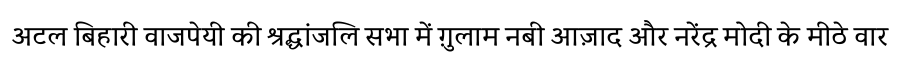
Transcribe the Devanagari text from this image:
अटल बिहारी वाजपेयी की श्रद्धांजलि सभा में ग़ुलाम नबी आज़ाद और नरेंद्र मोदी के मीठे वार